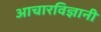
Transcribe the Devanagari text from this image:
आचारविज्ञानी